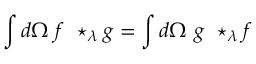
\int d \Omega \ f \ \star _ { \lambda } g = \int d \Omega \ g \ \star _ { \lambda } f